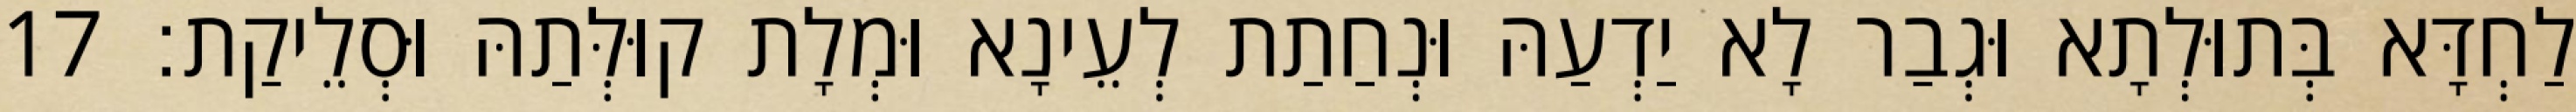
לַחְדָּא בְּתוּלְתָא וּגְבַר לָא יַדְעַהּ וּנְחַתַת לְעֵינָא וּמְלָת קוּלְּתַהּ וּסְלֵיקַת׃ 17